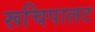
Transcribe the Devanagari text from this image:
रूचिपालट